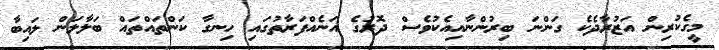
މީގެކުރިން އަޒުރާދެކެ ގަންނަ ބިރުންނާއިއެކުވެސް ދޮރުގެ އަނެއްފަރާތުގައި ހިނގާ ކަންތައްތައް ބަލާލަން ލައިބާ